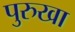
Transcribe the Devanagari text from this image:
पुरुखा